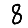
Digit: 8